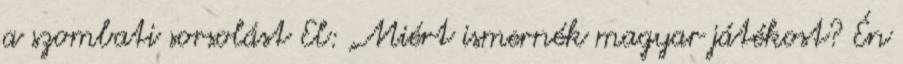
a szombati sorsolást El: „Miért ismernék magyar játékost? Én